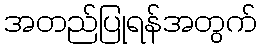
အတည်ပြုရန်အတွက်